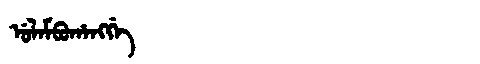
Manchu: ᡠᠯᠠᠮᠪᡠᡥᠠᠩᡤᡝ
Romanization: ULAMBUHANGGE